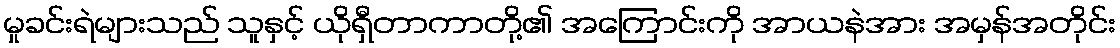
မှုခင်းရဲများသည် သူနှင့် ယိုရှီတာကာတို့၏ အကြောင်းကို အာယနဲအား အမှန်အတိုင်း